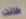
كانت